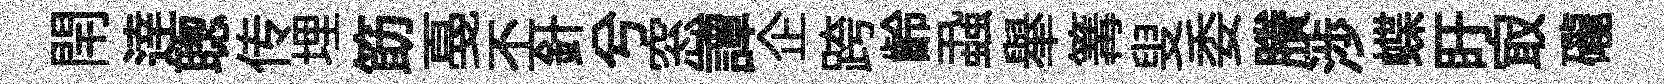
閈逹聦传埋筯戞丕針兮窓譚企跨齡蝨𦦙篝叟委賸渉蝶盱㝡礲